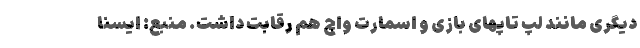
دیگری مانند لپ تاپهای بازی و اسمارت واچ هم رقابت داشت. منبع: ایسنا